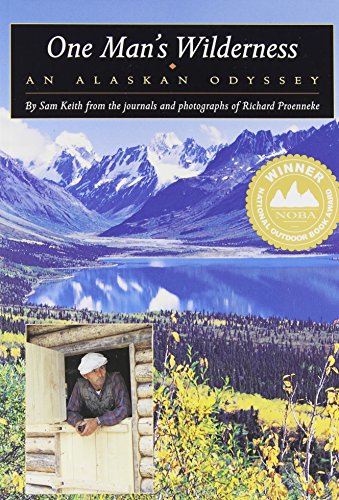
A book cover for One Man's Wilderness: An Alaskan Odyssey; Sam Keith; Arts & Photography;